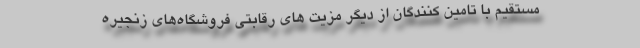
مستقیم با تامین کنندگان از دیگر مزیت های رقابتی فروشگاه‌های زنجیره